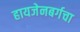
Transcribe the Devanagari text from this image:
हायजेनबर्गचा